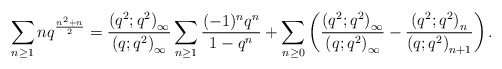
\begin{align*}\sum_{n\geq1}nq^{\frac{n^2+n}{2}}=\frac{\left(q^2;q^2\right)_{\infty}}{\left(q;q^2\right)_{\infty}}\sum_{n\geq1}\frac{(-1)^nq^n}{1-q^n}+\sum_{n\geq0}\left(\frac{\left(q^2;q^2\right)_{\infty}}{\left(q;q^2\right)_{\infty}}-\frac{\left(q^2;q^2\right)_{n}}{\left(q;q^2\right)_{n+1}}\right).\end{align*}